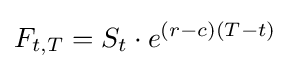
F_{t,T}=S_{t}\cdot e^{(r-c)(T-t)}